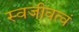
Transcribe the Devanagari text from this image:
स्वजीवत्वं